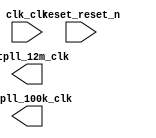

module Altpll (
	clk_clk,
	reset_reset_n,
	altpll_100k_clk,
	altpll_12m_clk);	

	input		clk_clk;
	input		reset_reset_n;
	output		altpll_100k_clk;
	output		altpll_12m_clk;
endmodule